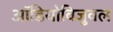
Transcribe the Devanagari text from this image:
ऑडियोविजुवल